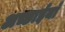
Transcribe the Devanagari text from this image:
अच्छाईयाँ